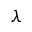
\lambda